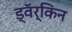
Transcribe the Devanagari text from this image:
ड्वॅर्किन